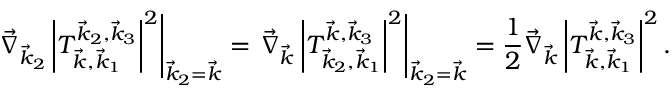
\left. \vec { \nabla } _ { \vec { k } _ { 2 } } \left| T _ { \vec { k } , \vec { k } _ { 1 } } ^ { \vec { k } _ { 2 } , \vec { k } _ { 3 } } \right| ^ { 2 } \right| _ { \vec { k } _ { 2 } = \vec { k } } = \left. \vec { \nabla } _ { \vec { k } } \left| T _ { \vec { k } _ { 2 } , \vec { k } _ { 1 } } ^ { \vec { k } , \vec { k } _ { 3 } } \right| ^ { 2 } \right| _ { \vec { k } _ { 2 } = \vec { k } } = \frac { 1 } { 2 } \vec { \nabla } _ { \vec { k } } \left| T _ { \vec { k } , \vec { k } _ { 1 } } ^ { \vec { k } , \vec { k } _ { 3 } } \right| ^ { 2 } .